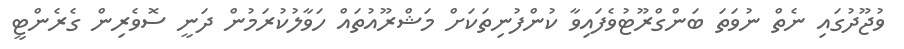
ވުޖޫދުގައި ނެތް ނުވަތަ ބަންގްރޫޓުވެފައިވާ ކުންފުނިތަކަށް މަޝްރޫއުތައް ހަވާލުކުރަމުން ދަނީ ސޮވެރިން ގެރެންޓީ